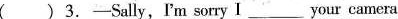
( ) 3.—Sally,I'm sorry I ___your camera